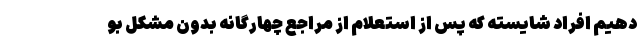
دهیم افراد شایسته که پس از استعلام از مراجع چهارگانه بدون مشکل بو